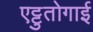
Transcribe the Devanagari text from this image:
एट्टुतोगाई